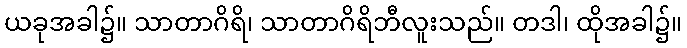
ယခုအခါ၌။ သာတာဂိရိ၊ သာတာဂိရိဘီလူးသည်။ တဒါ၊ ထိုအခါ၌။